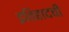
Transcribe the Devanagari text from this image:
इतिहादची